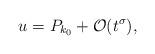
LaTeX: \begin{align*}u = P_{k_0}+\mathcal O(t^\sigma),\end{align*}